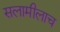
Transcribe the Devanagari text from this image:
सलामीलाच